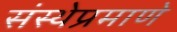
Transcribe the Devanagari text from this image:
संस्थेप्रमाणे